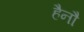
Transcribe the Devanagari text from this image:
हैनौ